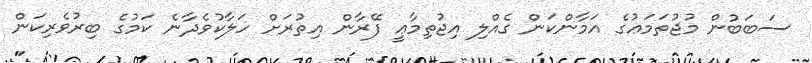
ސަބަބުން މުޖުތަމަޢުގެ އަމާންކަން ގެއްލި އިޖުތިމާޢީ ފޭރާން އިތުރަށް ހަލާކުވެދާނެ ކަމުގެ ބިރުވެރިކަން